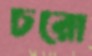
চরো